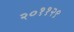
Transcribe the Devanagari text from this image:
२०११२९